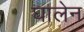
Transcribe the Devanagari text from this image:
घालेन